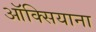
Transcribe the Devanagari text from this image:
ऑक्सियाना